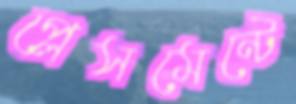
প্লেসমেন্টে